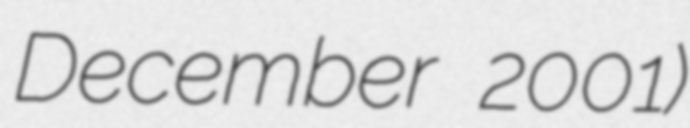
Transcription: December 2001)